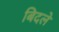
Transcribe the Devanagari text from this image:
बिदले